Plague in India, 1896, 1897 - Volume 1
Year: 1896
Disease focus: Plague
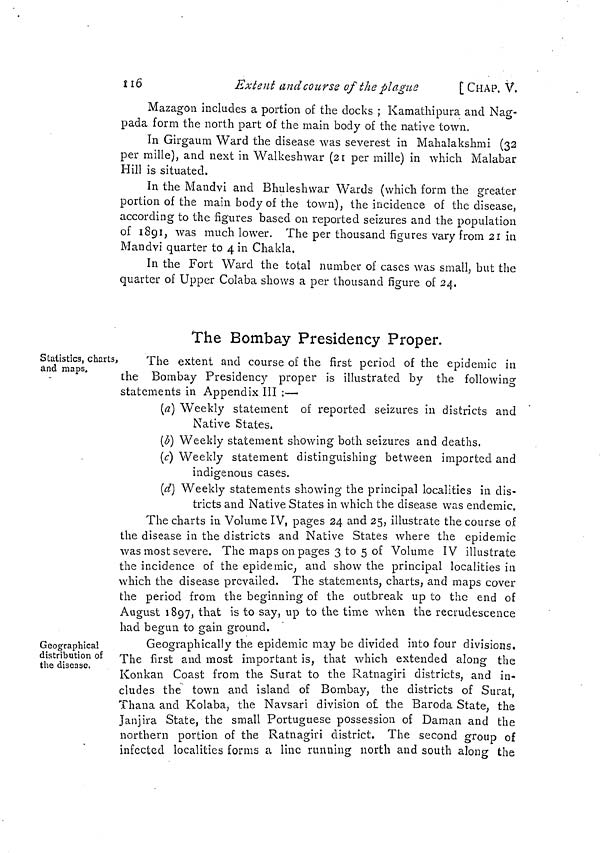
116
Extent and course of the plague
[ CHAP. V,
Mazagon includes a portion of the docks ; Kamathipura and Nag-
pada form the north part of the main body of the native town.
In Girgaum Ward the disease was severest in Mahalakshmi (32
per mille), and next in Walkeshwar (21 per mille) in which Malabar
Hill is situated.
In the Mandvi and Bhuleshwar Wards (which form the greater
portion of the main body of the town), the incidence of the disease,
according to the figures based on reported seizures and the population
of 1891, was much lower. The per thousand figures vary from 21 in
Mandvi quarter to 4 in Chakla.
In the Fort Ward the total number of cases was small; but the
quarter of Upper Colaba shows a per thousand figure of 24.
Statistics, charts,
and maps.
The Bombay Presidency Proper.
The extent and course of the first period of the epidemic in
the Bombay Presidency proper is illustrated by the following
statements in Appendix III :—
(a) Weekly statement of reported seizures in districts and
Native States.
(b) Weekly statement showing both seizures and deaths.
(c) Weekly statement distinguishing between imported and
indigenous cases.
(d) Weekly statements showing the principal localities in dis-
tricts and Native States in which the disease was endemic.
The charts in Volume IV, pages 24 and 25, illustrate the course of
the disease in the districts and Native States where the epidemic
was most severe. The maps on pages 3 to 5 of Volume IV illustrate
the incidence of the epidemic, and show the principal localities in
which the disease prevailed. The statements, charts, and maps cover
the period from the beginning of the outbreak up to the end of
August 1897, that is to say, up to the time when the recrudescence
had begun to gain ground.
Geographical
distribution of
the disease.
Geographically the epidemic may be divided into four divisions,
The first and most important is, that which extended along the
Konkan Coast from the Surat to the Ratnagiri districts, and in-
cludes the town and island of Bombay, the districts of Surat,
Thana and Kolaba, the Navsari division of the Baroda State, the
Janjira State, the small Portuguese possession of Daman and the
northern portion of the Ratnagiri district. The second group of
infected localities forms a line running north and south along the